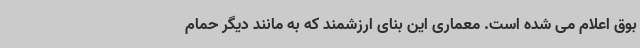
بوق اعلام می شده است. معماری این بنای ارزشمند که به مانند دیگر حمام